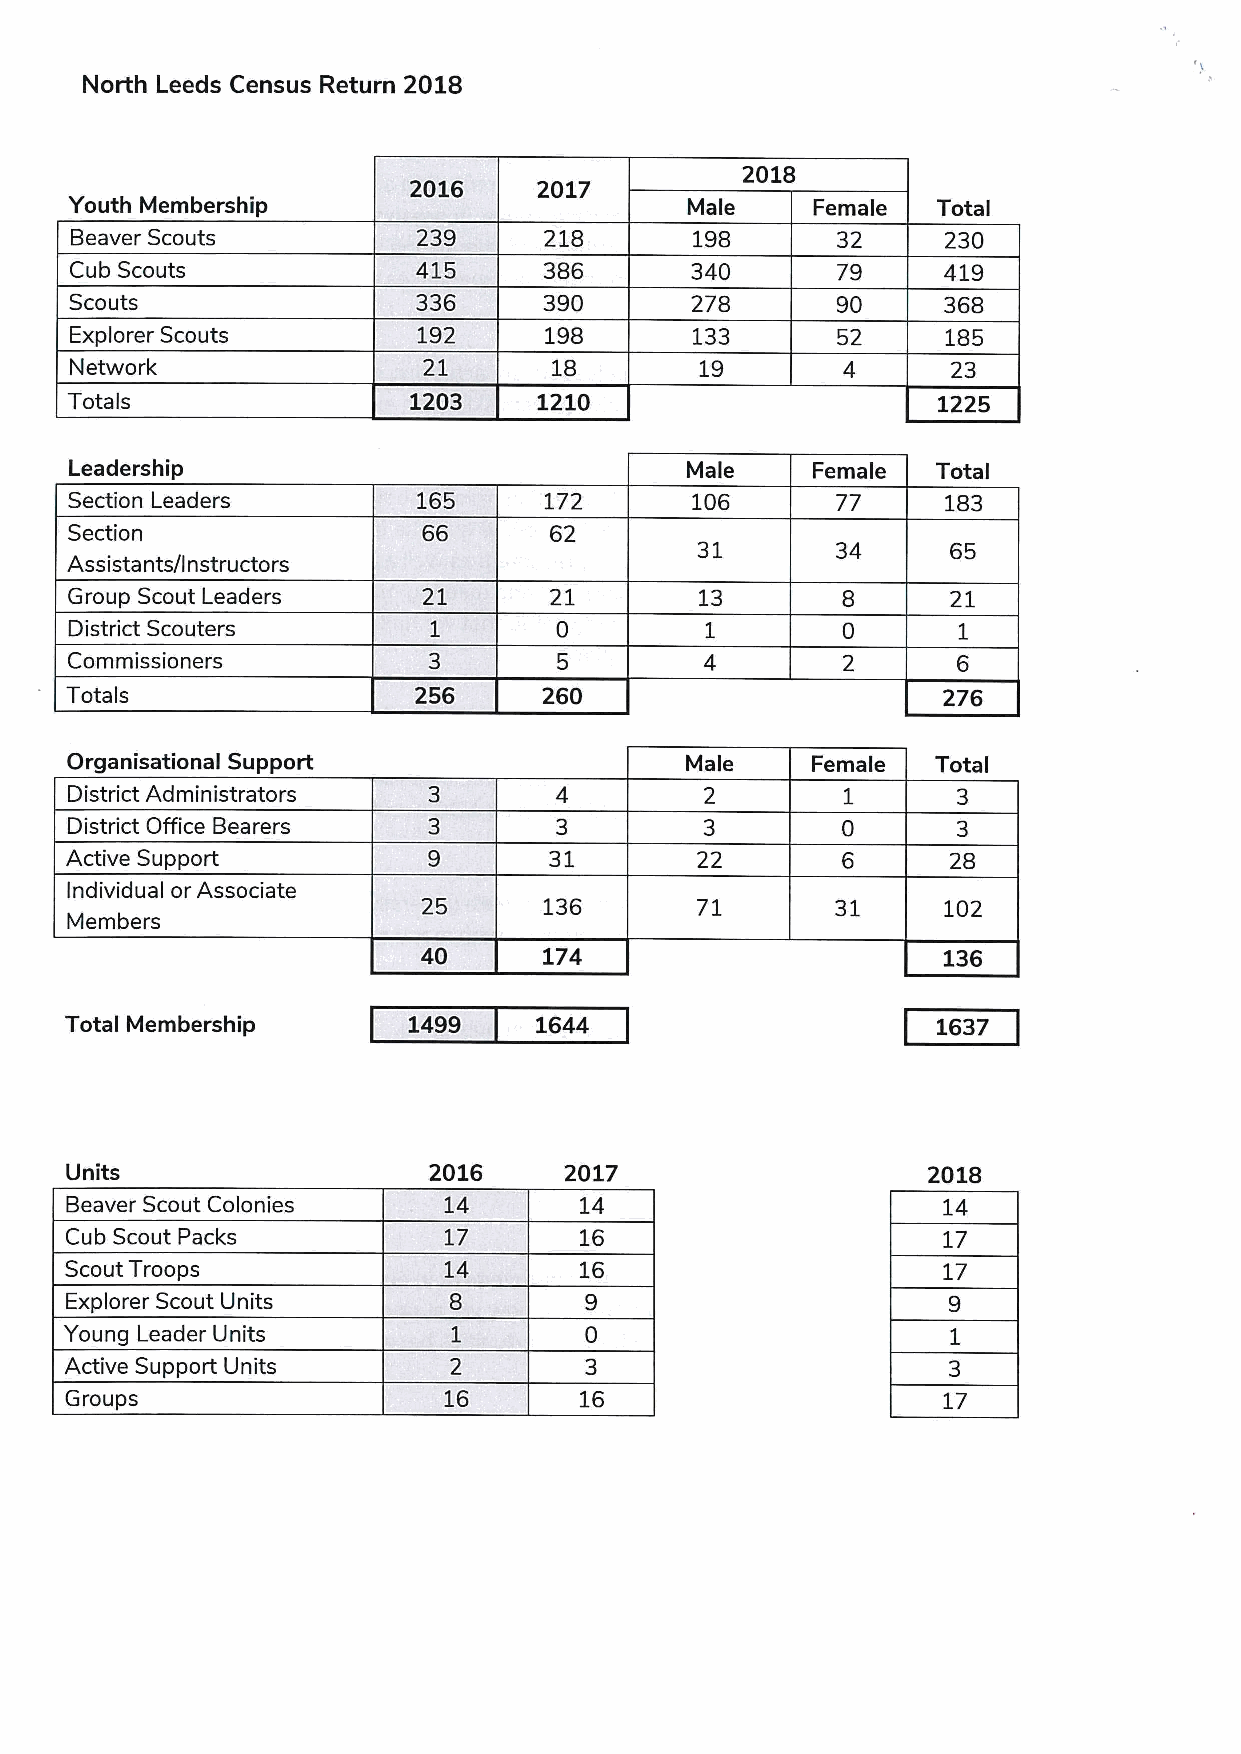
North Leeds Census Return 2018
 2018
 2016     2017
 Youth Membership                        Male     Female  Total
 Beaver Scouts          239     218       198             230
 Cub Scouts             415     386       340      79     419
 Scouts                 336     390       278      90     368
 Explorer Scouts        192     198       133      52      185
 Network                21       18       19               23
 Totals                 1203     1210                      1225
 Leadership                              Male     Female  Total
 Section Leaders        165     172       106      77     183
 Section                66      62
 31       34
 Assistants/Instructors
 Group Scout Leaders    21      21        13               21
 District Scouters
 Commissioners
 Totals                 256      260                       276
 Organisational Support                   Male     Female  Tot,al
 District Administrators
 District Office Bearers
 Active Support                  31        22               28
 Individual or Associate
 25      136       71              102
 Members
 40      174                       136
 Total Membership       1499    1644                       1637
 Units                   2016     2017                    2018
 Beaver Scout Colonies    14       14                      14
 Cub Scout Packs          17       16                      17
 Scout Troops             14       16                      17
 Explorer Scout Units
 Young Leader Units
 Active Support Units
 Groups                   16       16                      17